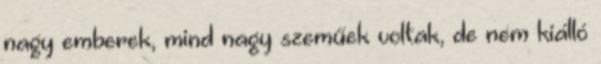
nagy emberek, mind nagy szeműek voltak, de nem kiálló